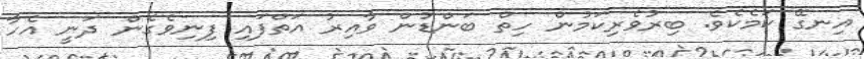
އިނގޭ ކަމެކެވެ. ބިރުވެރިކަމުން ހިތް ބަންޑުން ވާއިރު އަތްފައި ފިނިވެގެން ދަނީ އެހާ